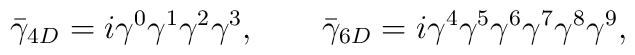
\bar\gamma_{4D} = i \gamma^0 \gamma^1 \gamma^2 \gamma^3, \qquad\bar\gamma_{6D} = i \gamma^4 \gamma^5 \gamma^6 \gamma^7 \gamma^8 \gamma^9,